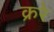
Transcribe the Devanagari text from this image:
क्ररे